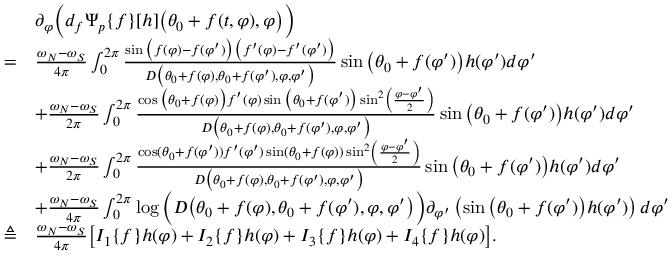
\begin{array} { r l } & { \partial _ { \varphi } \Big ( d _ { f } \Psi _ { p } \{ f \} [ h ] \big ( \theta _ { 0 } + f ( t , \varphi ) , \varphi \big ) \Big ) } \\ { = } & { \frac { \omega _ { N } - \omega _ { S } } { 4 \pi } \int _ { 0 } ^ { 2 \pi } \frac { \sin \big ( f ( \varphi ) - f ( \varphi ^ { \prime } ) \big ) \big ( f ^ { \prime } ( \varphi ) - f ^ { \prime } ( \varphi ^ { \prime } ) \big ) } { D \big ( \theta _ { 0 } + f ( \varphi ) , \theta _ { 0 } + f ( \varphi ^ { \prime } ) , \varphi , \varphi ^ { \prime } \big ) } \sin \big ( \theta _ { 0 } + f ( \varphi ^ { \prime } ) \big ) h ( \varphi ^ { \prime } ) d \varphi ^ { \prime } } \\ & { + \frac { \omega _ { N } - \omega _ { S } } { 2 \pi } \int _ { 0 } ^ { 2 \pi } \frac { \cos \big ( \theta _ { 0 } + f ( \varphi ) \big ) f ^ { \prime } ( \varphi ) \sin \big ( \theta _ { 0 } + f ( \varphi ^ { \prime } ) \big ) \sin ^ { 2 } \left( \frac { \varphi - \varphi ^ { \prime } } { 2 } \right) } { D \big ( \theta _ { 0 } + f ( \varphi ) , \theta _ { 0 } + f ( \varphi ^ { \prime } ) , \varphi , \varphi ^ { \prime } \big ) } \sin \big ( \theta _ { 0 } + f ( \varphi ^ { \prime } ) \big ) h ( \varphi ^ { \prime } ) d \varphi ^ { \prime } } \\ & { + \frac { \omega _ { N } - \omega _ { S } } { 2 \pi } \int _ { 0 } ^ { 2 \pi } \frac { \cos ( \theta _ { 0 } + f ( \varphi ^ { \prime } ) ) f ^ { \prime } ( \varphi ^ { \prime } ) \sin ( \theta _ { 0 } + f ( \varphi ) ) \sin ^ { 2 } \left( \frac { \varphi - \varphi ^ { \prime } } { 2 } \right) } { D \big ( \theta _ { 0 } + f ( \varphi ) , \theta _ { 0 } + f ( \varphi ^ { \prime } ) , \varphi , \varphi ^ { \prime } \big ) } \sin \big ( \theta _ { 0 } + f ( \varphi ^ { \prime } ) \big ) h ( \varphi ^ { \prime } ) d \varphi ^ { \prime } } \\ & { + \frac { \omega _ { N } - \omega _ { S } } { 4 \pi } \int _ { 0 } ^ { 2 \pi } \log \Big ( D \big ( \theta _ { 0 } + f ( \varphi ) , \theta _ { 0 } + f ( \varphi ^ { \prime } ) , \varphi , \varphi ^ { \prime } \big ) \Big ) \partial _ { \varphi ^ { \prime } } \left( \sin \big ( \theta _ { 0 } + f ( \varphi ^ { \prime } ) \big ) h ( \varphi ^ { \prime } ) \right) d \varphi ^ { \prime } } \\ { \triangleq } & { \frac { \omega _ { N } - \omega _ { S } } { 4 \pi } \big [ I _ { 1 } \{ f \} h ( \varphi ) + I _ { 2 } \{ f \} h ( \varphi ) + I _ { 3 } \{ f \} h ( \varphi ) + I _ { 4 } \{ f \} h ( \varphi ) \big ] . } \end{array}